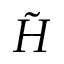
\tilde { H }